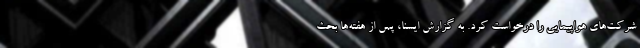
شرکت‌های هواپیمایی را درخواست کرد. به گزارش ایسنا، پس از هفته‌ها بحث